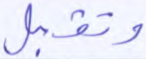
وتقبل